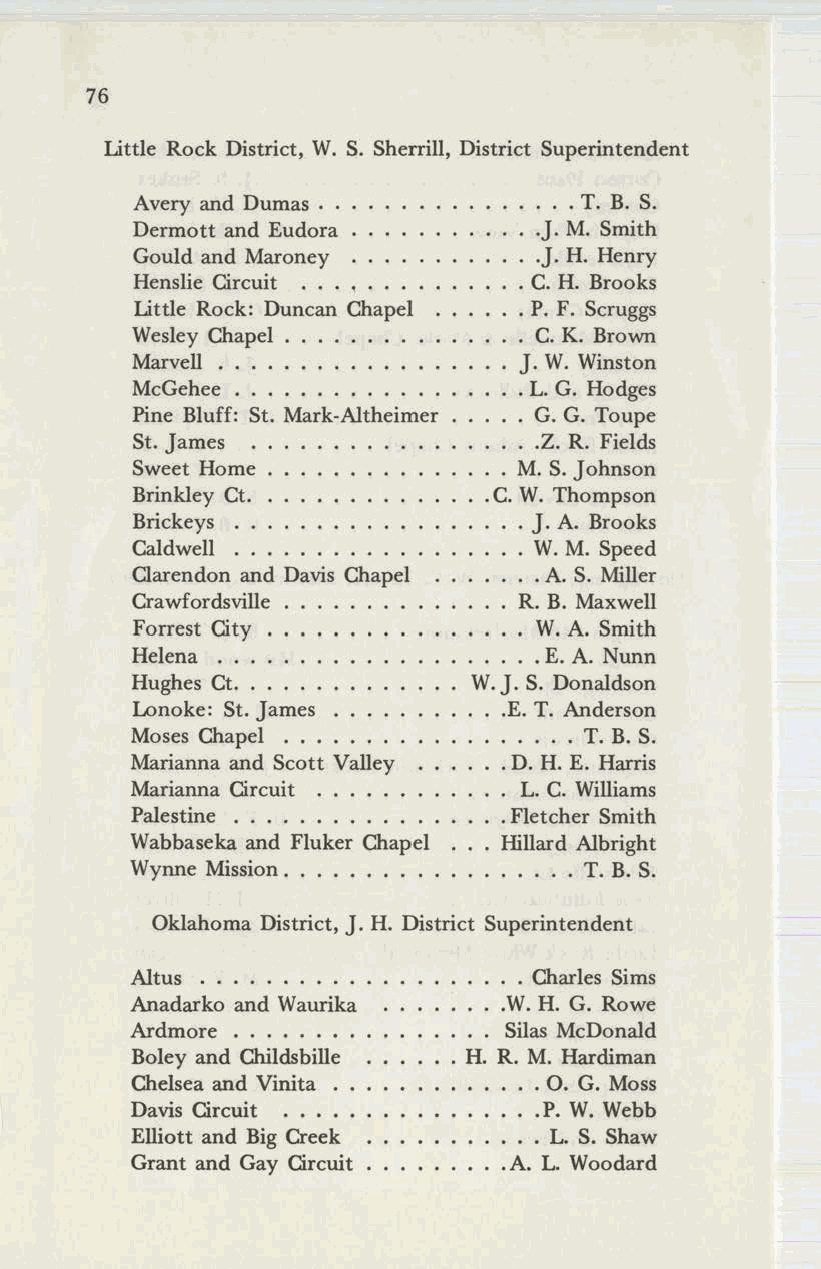
76
 Little Rock District, W. S. Sherrill, District Superintendent
 Avery and Dumas . .       ... T. B. S.
 Dermott and Eudora        .J. M. Smith
 Gould and Maroney         .J. H. Henry
 Henslie Circuit          · C. H. Brooks
 Little Rock: Duncan Chapel · P. F. Scruggs
 Wesley Chapel .          · C. K. Brown
 Marvell            .     J. W. Winston
 McGehee            .     ·L. G. Hodges
 Pine Bluff: St. Mark-Altheimer · G. G. Toupe
 St. James                · .Z. R. Fields
 Sweet Home              · M. S. Johnson
 Brinkley Ct.           .C. W. Thompson
 Brickeys ..              · J. A. Brooks
 Caldwell ..              · W.M. Speed
 Clarendon and Davis Chapel · .A. S. Miller
 Crawfordsville           R. B. Maxwell
 Forrest City             · W.A. Smith
 Helena   .               · .E. A. Nunn
 Hughes Ct .           W.J. S. Donaldson
 Lonoke: St. James       .E. T. Anderson
 Moses Chapel ...        · .... T. B. S.
 Marianna and Scott Valley ·D. H. E. Harris
 Marianna Circuit  .     · L. C. Williams
 Palestine         .     ·Fletcher Smith
 Wabbaseka and Fluker Chapel Hillard Albright
 Wynne Mission       .   · .... T. B. S.
 Oklahoma District, J. H. District Superintendent
 Altus          .        · . Charles Sims
 Anadarko and Waurika    .W. H. G. Rowe
 Ardmore       .         Silas McDonald
 Boley and Childsbille . H. R. M. Hardiman
 Chelsea and Vinita . .    . O. G. Moss
 Davis Circuit .....     · ..P. W. Webb
 Elliott and Big Creek   · .. L. S. Shaw
 Grant and Gay Circuit   ·A. L. Woodard